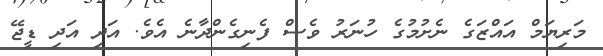
މަރިޔަމް އައްޒަގެ ނެށުމުގެ ހުނަރު ވެސް ފެނިގެންދާނެ އެވެ. އަދި އަދި ޑީޖޭ